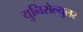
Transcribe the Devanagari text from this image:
युनिसेल्युलर